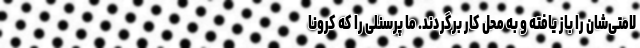
لامتی‌شان را باز یافته و به محل کار برگردند. ما پرسنلی را که کرونا